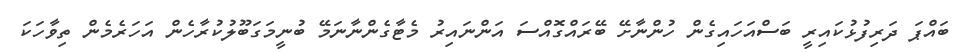
ބައްޕަ ދަރިފުޅުކައިރީ ބަސްއަހައިގެން ހުންނާށޭ ބޭރައްގޮއްސަ އަންނައިރު މެޓާގެންނާނަމޭ ބުނީމަގަބޫލުކުރާހެން އަހަރެމެން ތިވާހަކަ